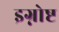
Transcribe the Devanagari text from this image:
इग्नोष्ट